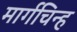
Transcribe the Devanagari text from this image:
मार्गचिन्ह